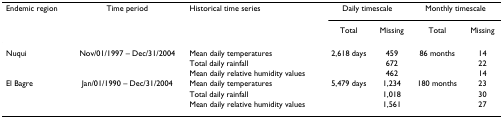
| Endemic region | Time period | Historical time series | <COLSPAN=2> Daily timescale | <COLSPAN=2> Monthly timescale |
 |  |  |  | Total | Missing | Total | Missing |
 | --- | --- | --- | --- | --- | --- | --- |
 | Nuqui | Nov/01/1997 – Dec/31/2004 | Mean daily temperatures | 2,618 days | 459 | 86 months | 14 |
 |  |  | Total daily rainfall |  | 672 |  | 22 |
 |  |  | Mean daily relative humidity values |  | 462 |  | 14 |
 | El Bagre | Jan/01/1990 – Dec/31/2004 | Mean daily temperatures | 5,479 days | 1,234 | 180 months | 23 |
 |  |  | Total daily rainfall |  | 1,018 |  | 30 |
 |  |  | Mean daily relative humidity values |  | 1,561 |  | 27 |